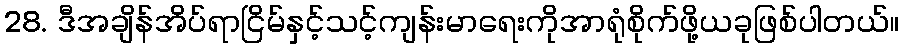
28. ဒီအချိန်အိပ်ရာငြိမ်နှင့်သင့်ကျန်းမာရေးကိုအာရုံစိုက်ဖို့ယခုဖြစ်ပါတယ်။